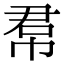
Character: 帬